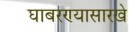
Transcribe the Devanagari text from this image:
घाबरण्यासारखे